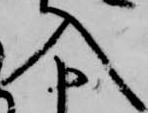
入